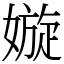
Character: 嫙